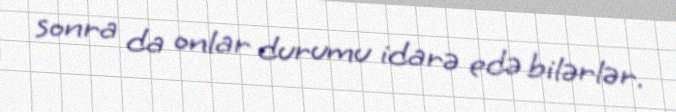
sonra da onlar durumu idarə edə bilərlər.